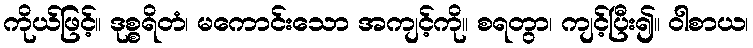
ကိုယ်ဖြင့်။ ဒုစ္စရိတံ၊ မကောင်းသော အကျင့်ကို။ စရတွာ၊ ကျင့်ပြီး၍။ ဝါစာယ၊